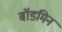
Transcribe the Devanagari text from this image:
बॉडमिन